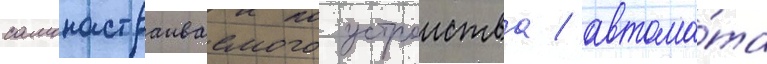
самонастраиваемого устроиства / автома́та